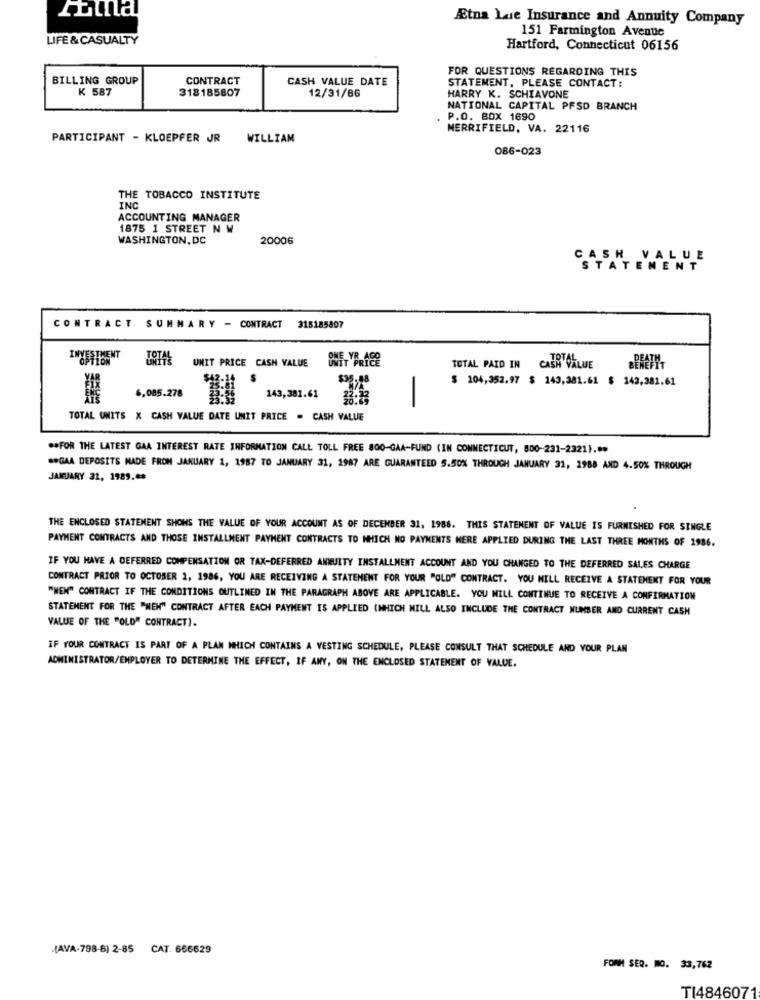
Etna Lue Insurance and Annuity Company
LIFE & CASUALTY
151 Farmington Avenue
Hartford, Connecticut 06156
FOR QUESTIONS REGARDING THIS
BILLING GROUP
CONTRACT
CASH VALUE DATE
K 587
318185807
12/31/86
STATEMENT, PLEASE CONTACT:
HARRY K. SCHIAVONE
NATIONAL CAPITAL PFSD BRANCH
P.O. BOX 1690
MERRIFIELD, VA. 22116
PARTICIPANT - KLOEPFER JR WILLIAM
086-023
THE TOBACCO INSTITUTE
INC
ACCOUNTING MANAGER
1875 1 STREET N W
WASHINGTON, DC
20006
CASH VALUE
STATEMENT
CONTRACT SUMMARY - CONTRACT 315185807
TOTAL
UNIT PRICE CASH VALUE
TOTAL PAID IN
CASH VALUE
$ 104,352.97 $ 143,381.61 $ 143,381.61
6,085.278
143,381.61
-
TOTAL UNITS X CASH VALUE DATE UNIT PRICE . CASH VALUE
##FOR THE LATEST GAA INTEREST RATE INFORMATION CALL TOLL FREE 800-GAA-FUND (IN CONNECTICUT, 800-231-2321) .**
** GAA DEPOSITS MADE FROM JANUARY 1, 1987 TO JANUARY 31, 1987 ARE GUARANTEED 5.50% THROUGH JANUARY 31, 1988 AND 4.50% THROUGH
JANUARY 31, 1989 .**
THE ENCLOSED STATEMENT SHOWS THE VALUE OF YOUR ACCOUNT AS OF DECEMBER 31, 1986. THIS STATEMENT OF VALUE IS FURNISHED FOR SINGLE
PAYMENT CONTRACTS AND THOSE INSTALLMENT PAYMENT CONTRACTS TO WHICH NO PAYMENTS HERE APPLIED DURING THE LAST THREE MONTHS OF 1986.
IF YOU HAVE A DEFERRED COMPENSATION OR TAX-DEFERRED ANNUITY INSTALLMENT ACCOUNT AND YOU CHANGED TO THE DEFERRED SALES CHARGE
CONTRACT PRIOR TO OCTOBER 1, 1986, YOU ARE RECEIVING A STATEMENT FOR YOUR "OLD" CONTRACT. YOU WILL RECEIVE A STATEMENT FOR YOUR
"MEN" CONTRACT IF THE CONDITIONS OUTLINED IN THE PARAGRAPH ABOVE ARE APPLICABLE. YOU WILL CONTINUE TO RECEIVE A CONFIRMATION
STATEMENT FOR THE "NEM" CONTRACT AFTER EACH PAYMENT IS APPLIED (WHICH WILL ALSO INCLUDE THE CONTRACT NUMBER AND CURRENT CASH
VALUE OF THE "OLD" CONTRACT).
IF YOUR CONTRACT IS PART OF A PLAN WHICH CONTAINS A VESTING SCHEDULE, PLEASE CONSULT THAT SCHEDULE AND YOUR PLAN
ADMINISTRATOR/EMPLOYER TO DETERMINE THE EFFECT, IF ANY, ON THE ENCLOSED STATEMENT OF VALUE.
-(AVA-798-6) 2-85
CAT. 666629
FORM SER. MO. 33,762
TI4846071